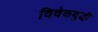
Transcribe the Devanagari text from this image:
विवेकबुद्धी